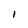
Character: 1